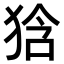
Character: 𤞻